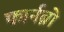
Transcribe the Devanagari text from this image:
फार्नब्रो